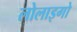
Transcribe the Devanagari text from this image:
लोलाइगो